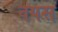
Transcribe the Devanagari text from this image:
वपस